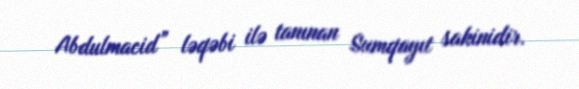
Abdulmacid” ləqəbi ilə tanınan Sumqayıt sakinidir.